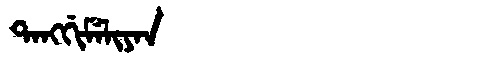
Manchu: ᡨᠠᠩᡤᡳᠮᡝᠯᡳᠶᠠᠨ
Romanization: TANGGIMELIYAN